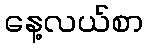
နေ့လယ်စာ